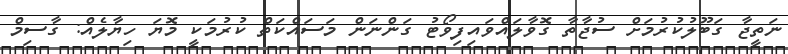
ނަތީޖާ ގަބޫލުކުރުމަށް ސުޖާތާ ގޮވާލައްވައިފިވޯޓު ގަންނަން މަސައްކަތް ކުރުމަކީ މޮޔަ ހިޔާލެއް: ގާސިމް